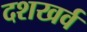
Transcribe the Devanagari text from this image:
दशखर्व